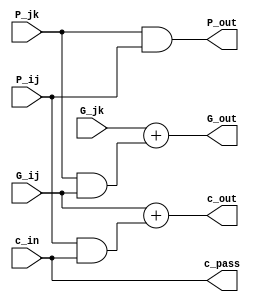
`timescale 1ns / 1ps
//////////////////////////////////////////////////////////////////////////////////
// Company: 
// Engineer: 
// 
// Design Name: 
// Module Name:    BlockB 
// Project Name: 
// Target Devices: 
// Tool versions: 
// Description: 
//
// Dependencies: 
//
// Revision: 
// Revision 0.01 - File Created
// Additional Comments: 
//
//////////////////////////////////////////////////////////////////////////////////
module BlockB(
    input G_jk,
    input P_jk,
    input G_ij,
    input P_ij,
    input c_in,
    output c_pass,
    output c_out,
    output G_out,
    output P_out
    );

	assign c_pass = c_in;							//pass the carry in through untouched
	assign G_out = G_jk + (P_jk & G_ij);
	assign P_out = P_jk & P_ij;
	assign c_out = G_ij + (P_ij & c_in);

endmodule